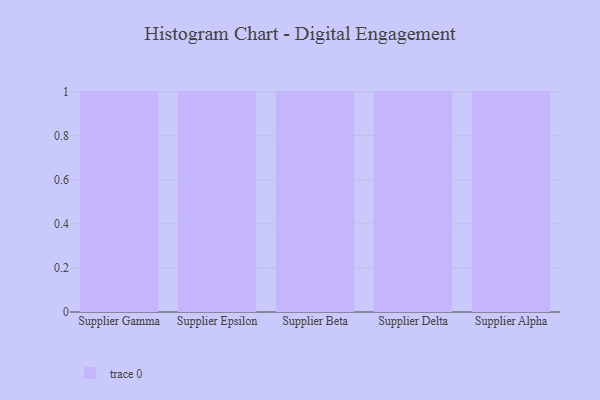
{"axis": {"x": "Supplier", "y": "Bounce Rate (%)"}, "legend": [""], "data": [{"x": "Supplier Gamma", "y": 15, "type": ""}, {"x": "Supplier Epsilon", "y": 85, "type": ""}, {"x": "Supplier Beta", "y": 12, "type": ""}, {"x": "Supplier Delta", "y": 91, "type": ""}, {"x": "Supplier Alpha", "y": 21, "type": ""}]}